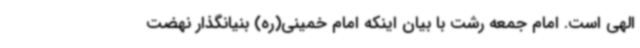
الهی است. امام جمعه رشت با بیان اینکه امام خمینی(ره) بنیانگذار نهضت